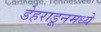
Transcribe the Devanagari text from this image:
डेहराडूनमध्ये